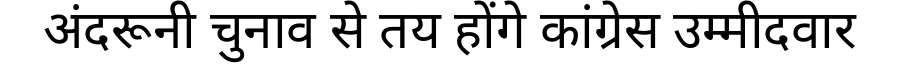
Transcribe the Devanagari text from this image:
अंदरूनी चुनाव से तय होंगे कांग्रेस उम्मीदवार